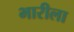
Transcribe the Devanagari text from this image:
भारीला